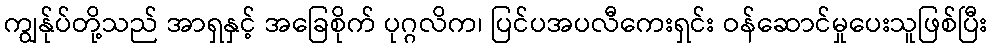
ကျွန်ုပ်တို့သည် အာရှနှင့် အခြေစိုက် ပုဂ္ဂလိက၊ ပြင်ပအပလီကေးရှင်း ဝန်ဆောင်မှုပေးသူဖြစ်ပြီး